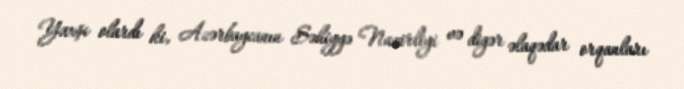
Yaxşı olardı ki, Azərbaycanın Səhiyyə Nazirliyi və digər əlaqədar orqanları